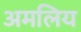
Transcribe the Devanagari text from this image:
अमलिय